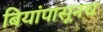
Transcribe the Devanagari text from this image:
बियांपासूनच